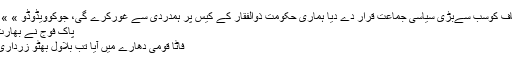
More in this category: « امریکی سفیر نے تحریک انصاف کوسب سےبڑی سیاسی جماعت قرار دے دیا ہماری حکومت ذوالفقار کے کیس پر ہمدردی سے غورکرے گی، جوکوویڈوڈو »
پاک فوج نے بھارت کامکرو چہرہ بےنقاب کردیا
فاٹا قومی دھارے میں آیا تب بلاول بھٹو زرداری کو پشتون یاد آگئے,عادل شیخ